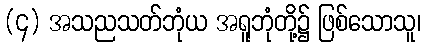
(၄) အသညသတ်ဘုံယ အရူဘုံတို့၌ ဖြစ်သောသူ၊